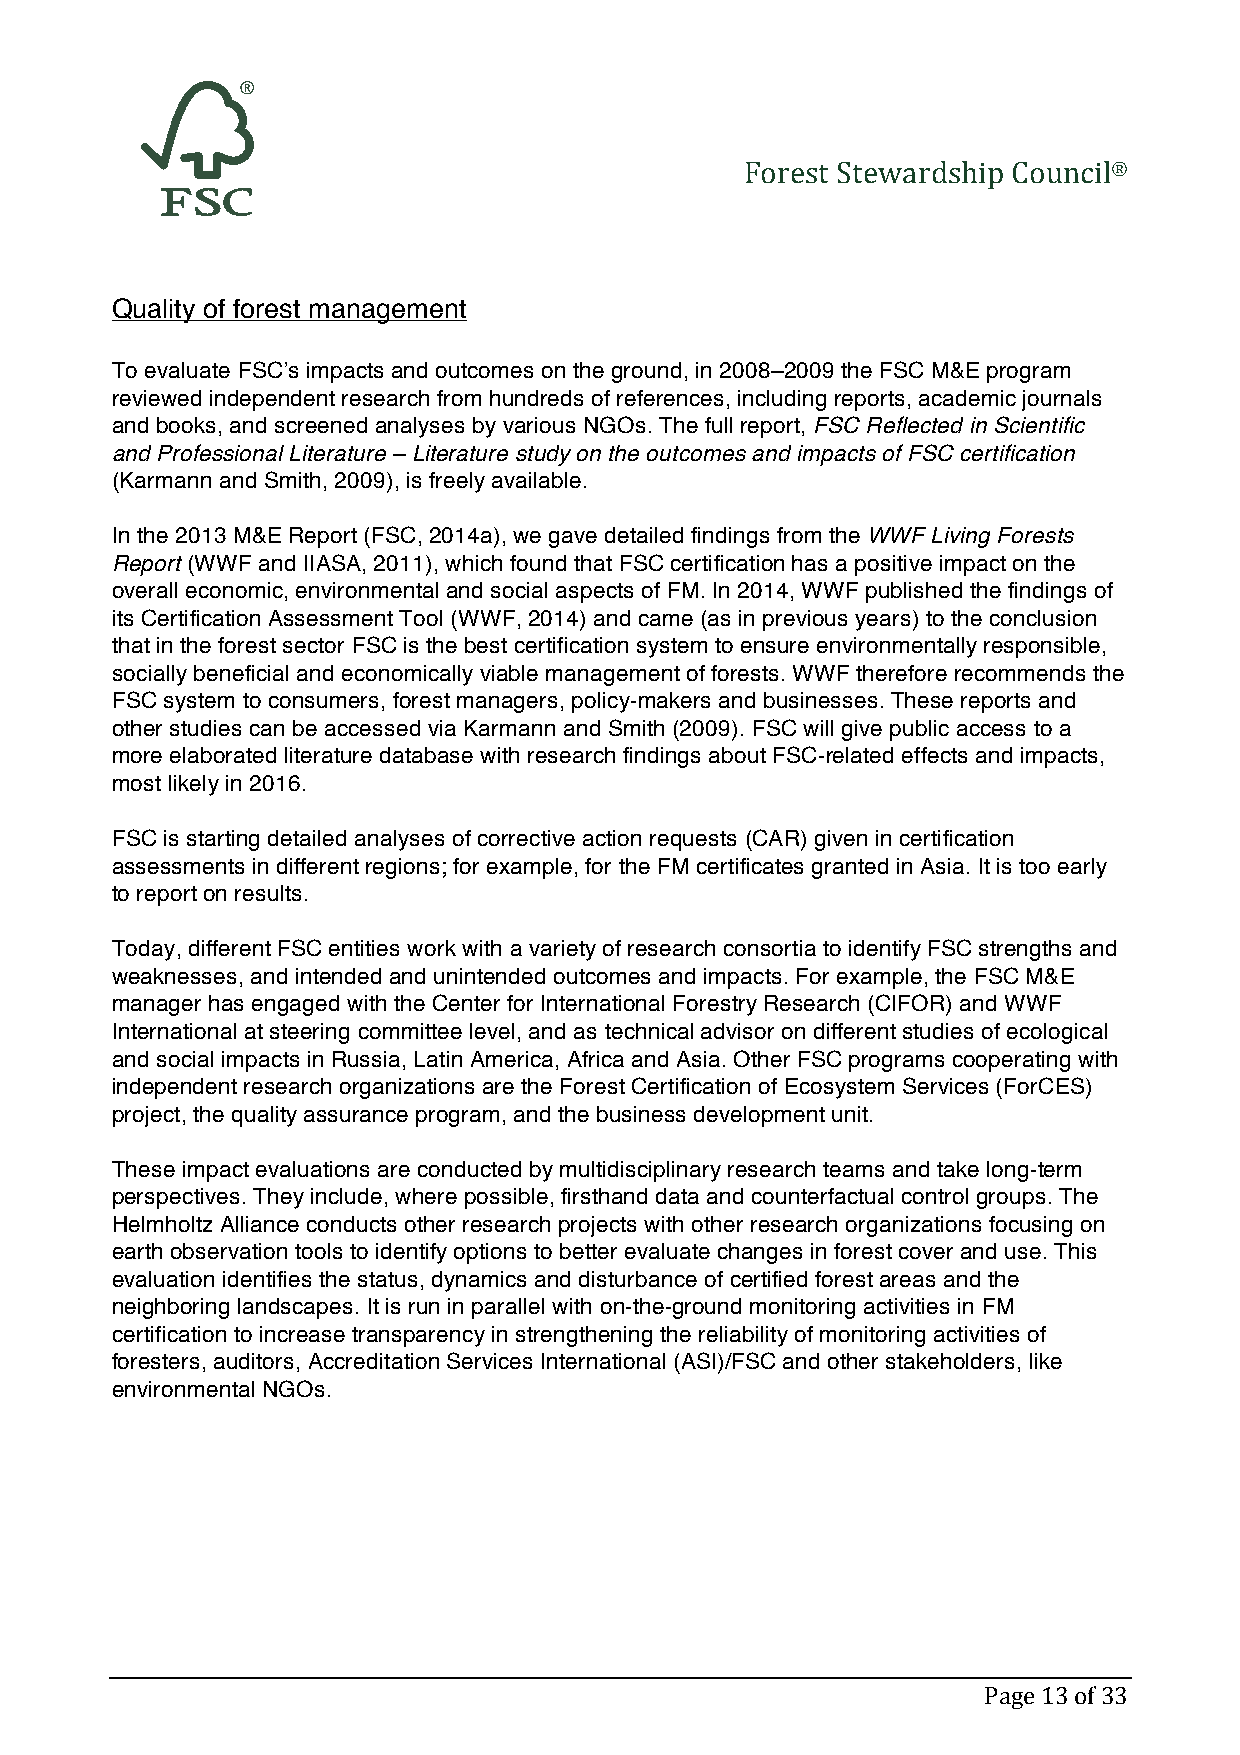
Forest Stewardship Council®
 Quality of forest management
 To evaluate FSC’s impacts and outcomes on the ground, in 2008–2009 the FSC M&E program
 reviewed independent research from hundreds of references, including reports, academic journals
 and books, and screened analyses by various NGOs. The full report, FSC Reflected in Scientific
 and Professional Literature – Literature study on the outcomes and impacts of FSC certification
 (Karmann and Smith, 2009), is freely available.
 In the 2013 M&E Report (FSC, 2014a), we gave detailed findings from the WWF Living Forests
 Report (WWF and IIASA, 2011), which found that FSC certification has a positive impact on the
 overall economic, environmental and social aspects of FM. In 2014, WWF published the findings of
 its Certification Assessment Tool (WWF, 2014) and came (as in previous years) to the conclusion
 that in the forest sector FSC is the best certification system to ensure environmentally responsible,
 socially beneficial and economically viable management of forests. WWF therefore recommends the
 FSC system to consumers, forest managers, policy-makers and businesses. These reports and
 other studies can be accessed via Karmann and Smith (2009). FSC will give public access to a
 more elaborated literature database with research findings about FSC-related effects and impacts,
 most likely in 2016.
 FSC is starting detailed analyses of corrective action requests (CAR) given in certification
 assessments in different regions; for example, for the FM certificates granted in Asia. It is too early
 to report on results.
 Today, different FSC entities work with a variety of research consortia to identify FSC strengths and
 weaknesses, and intended and unintended outcomes and impacts. For example, the FSC M&E
 manager has engaged with the Center for International Forestry Research (CIFOR) and WWF
 International at steering committee level, and as technical advisor on different studies of ecological
 and social impacts in Russia, Latin America, Africa and Asia. Other FSC programs cooperating with
 independent research organizations are the Forest Certification of Ecosystem Services (ForCES)
 project, the quality assurance program, and the business development unit.
 These impact evaluations are conducted by multidisciplinary research teams and take long-term
 perspectives. They include, where possible, firsthand data and counterfactual control groups. The
 Helmholtz Alliance conducts other research projects with other research organizations focusing on
 earth observation tools to identify options to better evaluate changes in forest cover and use. This
 evaluation identifies the status, dynamics and disturbance of certified forest areas and the
 neighboring landscapes. It is run in parallel with on-the-ground monitoring activities in FM
 certification to increase transparency in strengthening the reliability of monitoring activities of
 foresters, auditors, Accreditation Services International (ASI)/FSC and other stakeholders, like
 environmental NGOs.
 Page 13 of 33